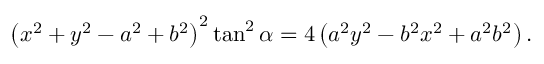
\left( x ^ { 2 } + y ^ { 2 } - a ^ { 2 } + b ^ { 2 } \right) ^ { 2 } \tan ^ { 2 } \alpha = 4 \left( a ^ { 2 } y ^ { 2 } - b ^ { 2 } x ^ { 2 } + a ^ { 2 } b ^ { 2 } \right) .